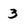
Character: 3